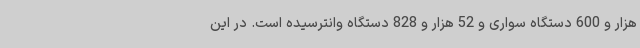
هزار و 600 دستگاه سواری و 52 هزار و 828 دستگاه وانترسیده است. در این